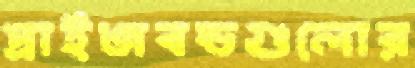
প্রাইজবন্ডগুলোর